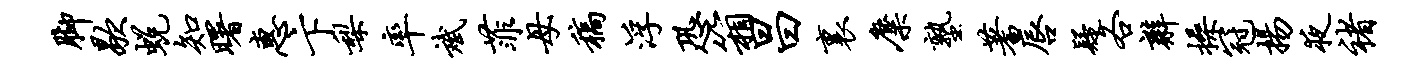
脚歇蜕知曙惠卞梨率斌菲母稿浮恐箱昌里麋塾蓍唇疑各辫操冠扬夜褚